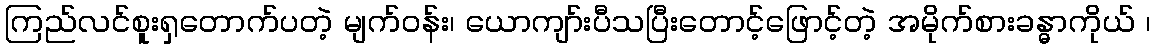
ကြည်လင်စူးရှတောက်ပတဲ့ မျက်ဝန်း၊ ယောကျာ်းပီသပြီးတောင့်ဖြောင့်တဲ့ အမိုက်စားခန္ဓာကိုယ် ၊